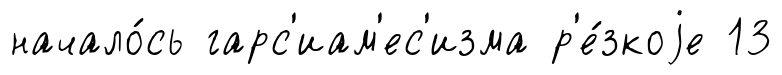
начало́сь гарс'иам'ес'изма р'е́зкоjе 13